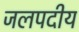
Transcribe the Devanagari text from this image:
जलपदीय